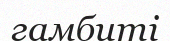
гамбиті